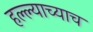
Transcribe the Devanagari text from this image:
हल्ल्याच्याच